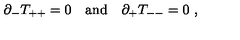
\partial _ { - } T _ { + + } = 0 \quad \mathrm { a n d } \quad \partial _ { + } T _ { -- } = 0 \ ,